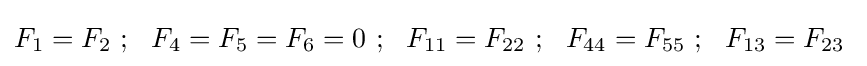
F_{1}=F_{2}~;~~F_{4}=F_{5}=F_{6}=0~;~~F_{11}=F_{22}~;~~F_{44}=F_{55}~;~~F_{13}=F_{23}~